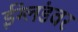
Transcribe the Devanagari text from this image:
ईंग्लंडवर